Lunatic asylums Central Provinces reports 1874-1885 - 1874-1885
Year: 1874
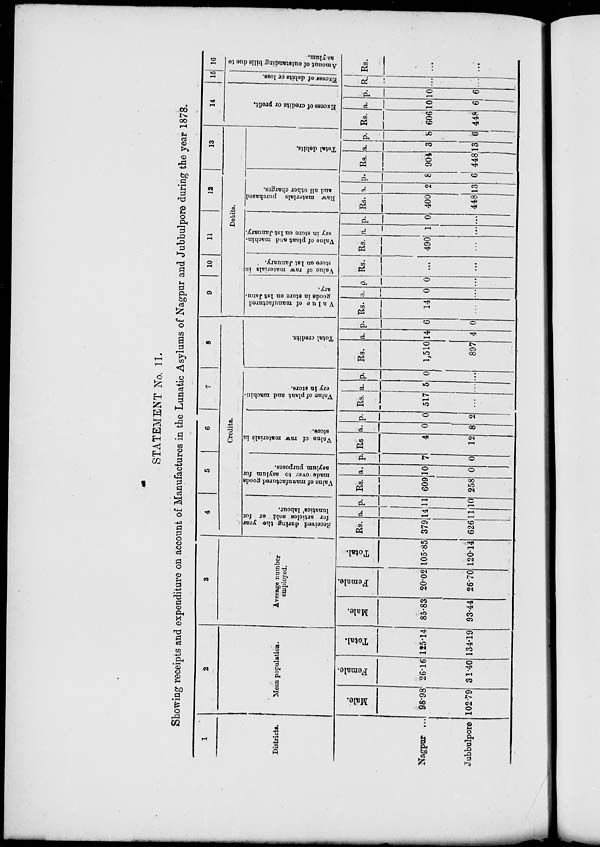
STATEMENT No. 11.
Showing receipts and expenditure on account of Manufactures in the Lunatic Asylums of Nagpur and Jubbulpore during the year 1878.
1
Districts.
Nagpur ...
Jubbulpore ...
2
Mean population.
Male.
98.98
102.79
Female.
26.16
31.40
Total.
125.14
134.19
3
Average number
employed.
Male.
85.83
93.44
Female.
20.02
26.70
Total.
105.85
120.14
4
5
6
7
8
Credits.
Received during the year
for articles sold or for
lunatics' labour.
Rs.
379
626
a.
14
11
p.
11
10
Value of manufactured goods
made over to asylum for
asylum purposes.
Rs.
609
258
a.
10
0
p.
7
0
Value of raw materials in
store.
Rs.
4
12
a.
0
8
p.
0
2
Value of plant and machin-
ery in store.
Rs.
517
...
a.
5
...
p.
0
...
Total credits.
Rs.
1,510
897
a.
14
4
p.
6
0
9
10
11
12
13
Debits.
Value of manufactured
goods in store on 1st Janu-
ary.
Rs.
14
...
a.
0
...
p.
0
...
Value of raw materials in
store on 1st January.
Rs.
...
...
Value of plant and machin-
ery in store on 1st January.
Rs.
490
...
a.
1
...
p.
0
...
Raw materials purchased
and all other charges.
Rs.
400
448
a.
2
13
p.
8
6
Total debits.
Rs.
904
448
a.
3
13
p.
8
6
14
Excess of credits or profit.
Rs.
606
448
a.
10
6
p.
10
6
15
Excess of debits or loss.
R.
...
...
16
Amount of outstanding bills due to
asylum.
Rs.
...
...